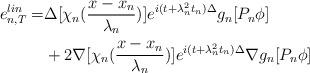
LaTeX: \begin{align*}e^{lin}_{n,T}=&\Delta[\chi_n(\frac{x-x_n}{\lambda_n})]e^{i(t+\lambda_n^2t_n)\Delta}g_n[P_n\phi]\\&+2\nabla[\chi_n(\frac{x-x_n}{\lambda_n})]e^{i(t+\lambda_n^2t_n)\Delta}\nabla g_n[P_n\phi]\end{align*}